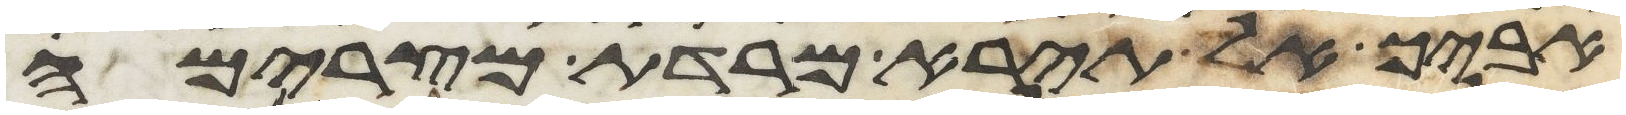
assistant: אביך אל תירא מרדת מצרימה